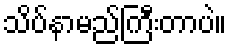
သိပ်နာမည်ကြီးတာပဲ။